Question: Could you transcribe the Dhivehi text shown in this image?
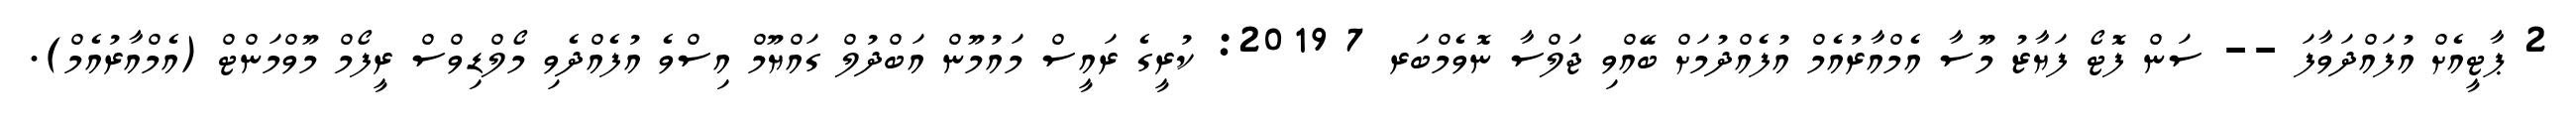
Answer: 2 ޕާޓީއެށް އުފައްދަވާފަ -- ސަން ފޮޓޯ ފަޔާޒު މޫސާ އެމްއާރުއެމް އުފެއްދުމަށް ބޭއްވި ޖަލްސާ ނޮވެމްބަރ 7 2019: ކުރީގެ ރައީސް މައުމޫން އަބްދުލް ގައްޔޫމް އިސްވެ އުފެއްދެވި މޯލްޑިވްސް ރީފޯމް މޫވްމަންޓް (އެމްއާރުއެމް).